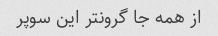
از همه جا گرونتر این سوپر